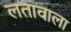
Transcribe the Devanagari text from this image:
लतावाला